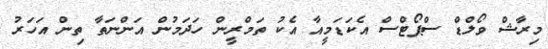
މިރާޝް ވޯލްޑް ސްޕޯޓްސް އެކަޑަމީއާ އެކު ތަމްރީން ހަދަމުން އަންނަތާ ތިން އަހަރު